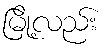
မြို့လည်း